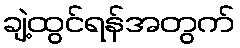
ချဲ့ထွင်ရန်အတွက်